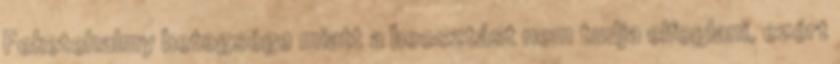
Feketehalmy betegsége miatt a beosztást nem tudja elfoglani, ezért